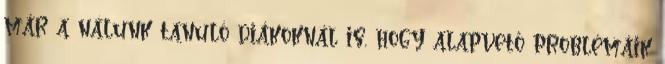
már a nálunk tanuló diákoknál is, hogy alapvető problémáik